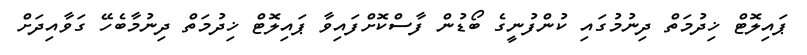
ޕައިލޮޓް ޚިދުމަތް ދިނުމުގައި ކުންފުނީގެ ބޯޑުން ފާސްކޮށްފައިވާ ޕައިލޮޓް ޚިދުމަތް ދިނުމާބެހޭ ގަވާއިދަށް